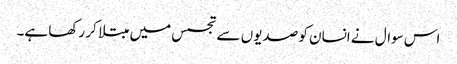
اس سوال نے انسان کو صدیوں سے تجسس میں مبتلا کر رکھا ہے۔